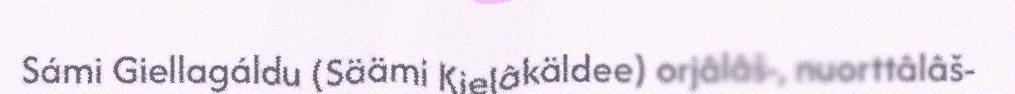
Sámi Giellagáldu (Säämi Kielâkäldee) orjâlâš-, nuorttâlâš-